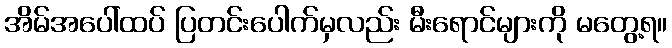
အိမ်အပေါ်ထပ် ပြတင်းပေါက်မှလည်း မီးရောင်များကို မတွေ့ရ။